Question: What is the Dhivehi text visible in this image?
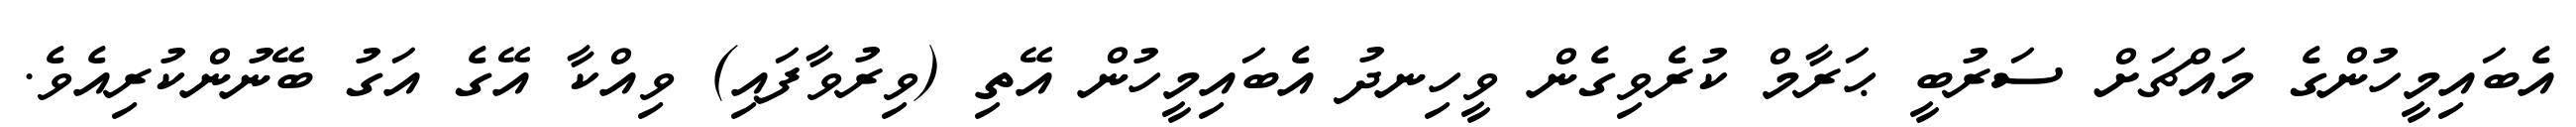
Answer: އެބައިމީހުންގެ މައްޗަށް ސަރުބީ ޙަރާމް ކުރެވިގެން ވީހިނދު އެބައިމީހުން އޭތި (ވިރުވާފައި) ވިއްކާ އޭގެ އަގު ބޭނުންކުރިއެވެ.